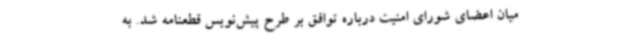
میان اعضای شورای امنیت درباره توافق بر طرح پیش‌نویس قطعنامه شد. به